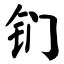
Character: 钔